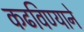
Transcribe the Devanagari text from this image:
कढविण्याने